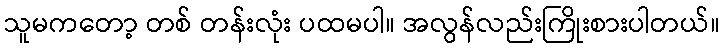
သူမကတော့ တစ် တန်းလုံး ပထမပါ။ အလွန်လည်းကြိုးစားပါတယ်။